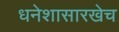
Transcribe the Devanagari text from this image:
धनेशासारखेच